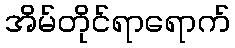
အိမ်တိုင်ရာရောက်